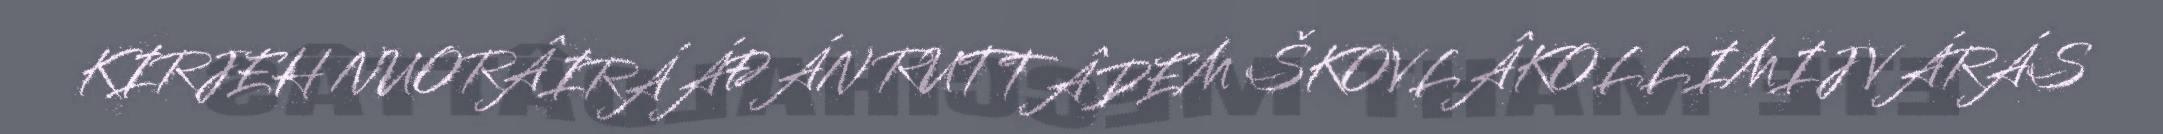
KIRJEH NUORÂIRÁÁĐÁN RUTTÂDEM ŠKOVLÂKOLLIMIJ VÁRÁS